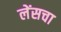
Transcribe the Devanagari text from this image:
लेंसचा